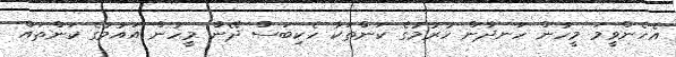
އެހެންވީމަ މީހުން ހަނދާން ހުރުމުގެ ކަންތަކާ ހެކިބަސް ދޭން މީހުން އައުމުގެ ކަންތައް